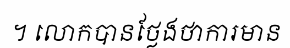
។ លោកបានថ្លែងថាការមាន